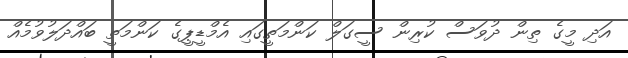
އަދި މީގެ ތިން ދުވަސް ކުރިން ސީގަލް ކަންމަތީގައި އެމްޑީޕީގެ ކަންމަތީ ބައްދަލުވުމެއް